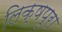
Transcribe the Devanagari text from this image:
लिक्षपुरा